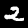
Label: 2